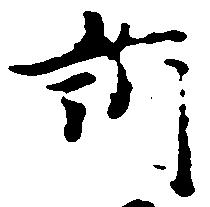
訴